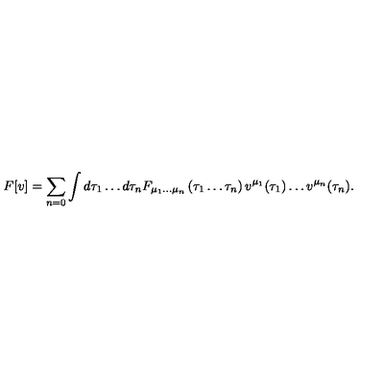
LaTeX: F [ v ] = \sum _ { n = 0 } \int d \tau _ { 1 } \ldots d \tau _ { n } F _ { \mu _ { 1 } \ldots \mu _ { n } } \left( \tau _ { 1 } \ldots \tau _ { n } \right) v ^ { \mu _ { 1 } } ( \tau _ { 1 } ) \ldots v ^ { \mu _ { n } } ( \tau _ { n } ) .